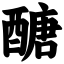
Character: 醣